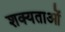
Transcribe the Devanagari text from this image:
शक्यताओं